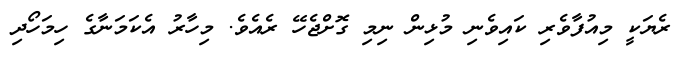
ރެޔަކީ މިއުފާވެރި ކައިވެނި މުޅިން ނިމި ގޮށްޖެހޭ ރެއެވެ. މިހާރު އެކަމަނާގެ ހިމަހޯދި